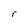
Character: r